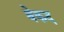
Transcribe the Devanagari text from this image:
बेकद